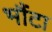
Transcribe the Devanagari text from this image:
भौंटा